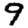
Digit: 9